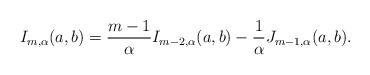
LaTeX: \begin{align*} I_{m, \alpha}(a, b) = \frac{m - 1}{\alpha}I_{m - 2, \alpha}(a, b) - \frac{1}{\alpha} J_{m - 1, \alpha}(a, b).\end{align*}